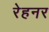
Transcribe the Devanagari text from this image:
रेहनर